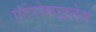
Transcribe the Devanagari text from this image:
एंटेरोकाइनेज